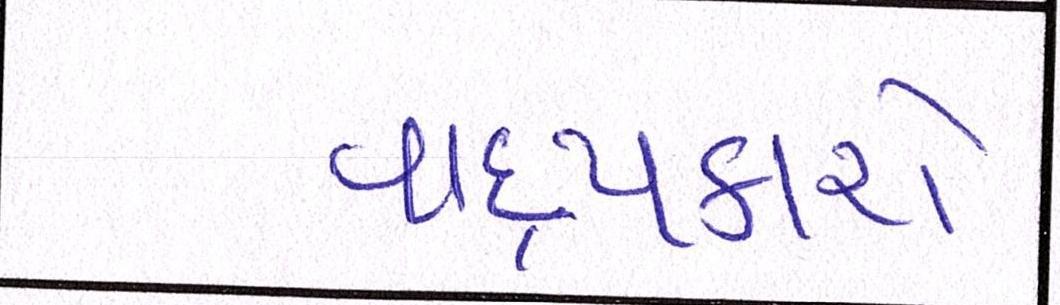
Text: વાદ્યકારો